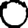
Digit: 0